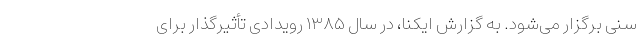
سنی برگزار می‌شود. به گزارش ایکنا، در سال ۱۳۸۵ رویدادی تأثیرگذار برای